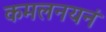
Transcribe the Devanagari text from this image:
कमलनयनं